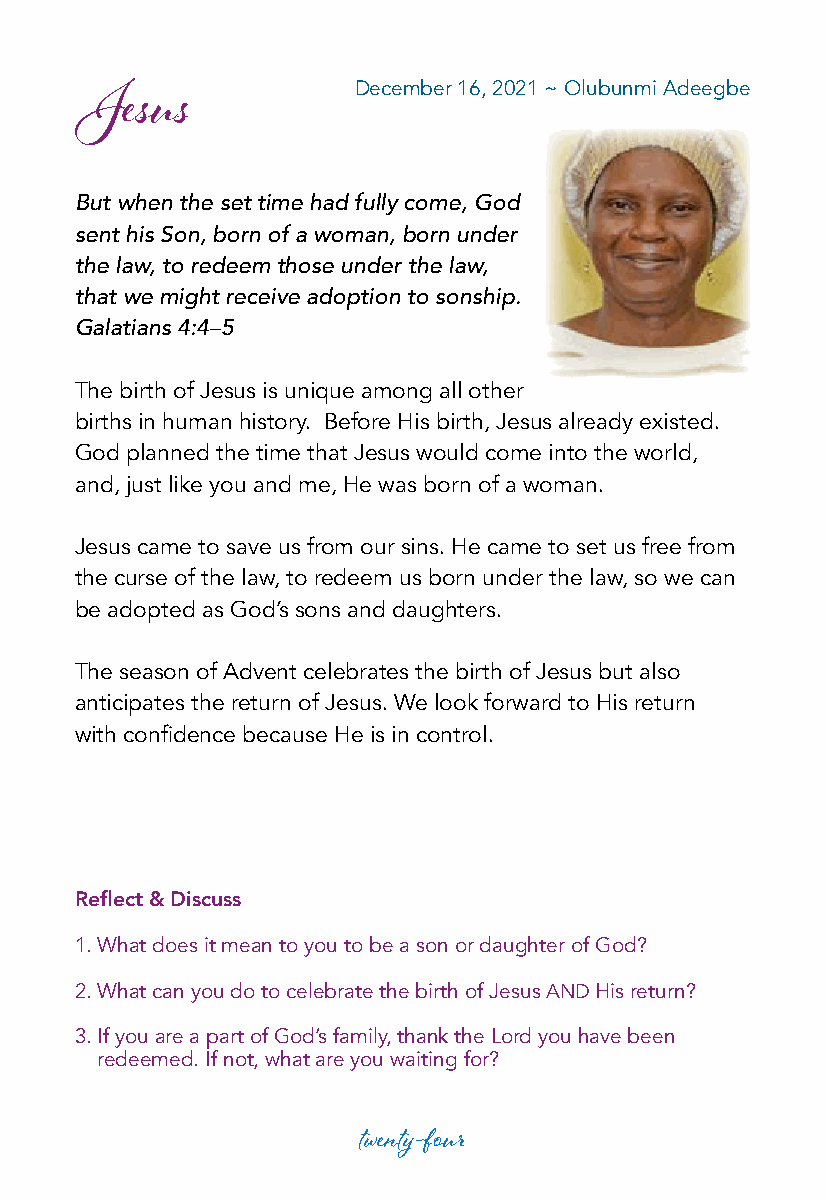
December 16, 2021 ~ Olubunmi Adeegbe
 Jesus
 But when the set time had fully come, God
 sent his Son, born of a woman, born under
 the law, to redeem those under the law,
 that we might receive adoption to sonship.
 Galatians 4:4–5
 The birth of Jesus is unique among all other
 births in human history. Before His birth, Jesus already existed.
 God planned the time that Jesus would come into the world,
 and, just like you and me, He was born of a woman.
 Jesus came to save us from our sins. He came to set us free from
 the curse of the law, to redeem us born under the law, so we can
 be adopted as God’s sons and daughters.
 The season of Advent celebrates the birth of Jesus but also
 anticipates the return of Jesus. We look forward to His return
 with confidence because He is in control.
 Reflect & Discuss
 1. What does it mean to you to be a son or daughter of God?
 2. What can you do to celebrate the birth of Jesus AND His return?
 3. If you are a part of God’s family, thank the Lord you have been
 redeemed. If not, what are you waiting for?
 twenty-four